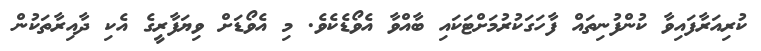
ކުރިއަރާފައިވާ ކުންފުނިތައް ފާހަގަކުރުމަށްޓަކައި ބާއްވާ އެވޯޑެކެވެ. މި އެވޯޑަށް ވިޔަފާރީގެ އެކި ދާއިރާތަކުން